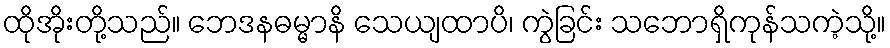
ထိုအိုးတို့သည်။ ဘေဒနဓမ္မာနိ သေယျထာပိ၊ ကွဲခြင်း သဘောရှိကုန်သကဲ့သို့။